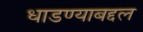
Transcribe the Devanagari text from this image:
धाडण्याबद्दल